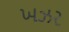
ખઝર